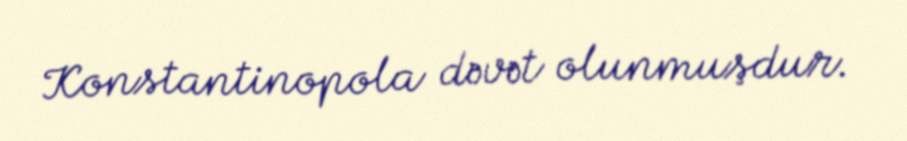
Konstantinopola dəvət olunmuşdur.